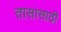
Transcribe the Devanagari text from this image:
तासासाठी